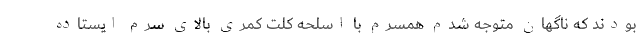
بودند که ناگهان متوجه شدم همسرم با اسلحه کلت کمری بالای سرم ایستاده